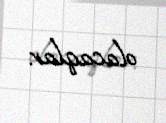
olacaqlar.